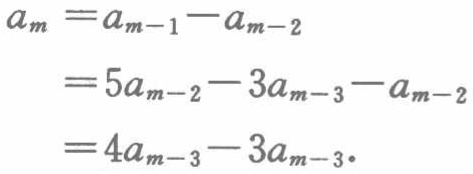
\[

\begin{align*}

a_{m}&=a_{m - 1}-a_{m - 2}\\

&=5a_{m - 2}-3a_{m - 3}-a_{m - 2}\\

&=4a_{m - 3}-3a_{m - 3}

\end{align*}

\]